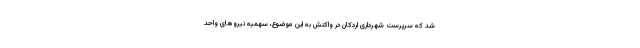
شد که سرپرست شهرداری اردکان در واکنش به این موضوع، سهمیه نیروهای واحد